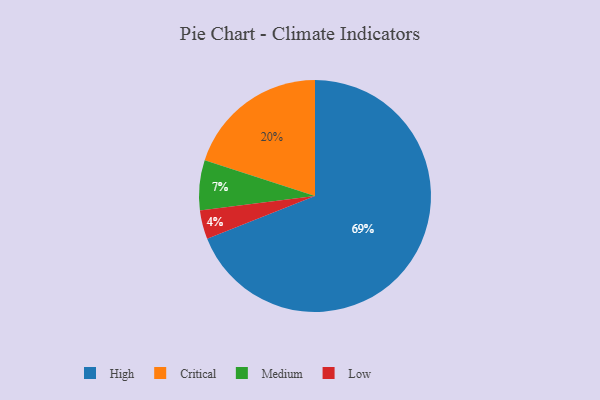
{"axis": {"x": "Category", "y": "Percentage"}, "legend": ["Critical", "High", "Low", "Medium"], "data": [{"x": "High", "y": 69, "type": "High"}, {"x": "Medium", "y": 7, "type": "Medium"}, {"x": "Critical", "y": 20, "type": "Critical"}, {"x": "Low", "y": 4, "type": "Low"}]}